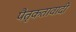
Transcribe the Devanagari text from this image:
पैतृकतावादी